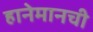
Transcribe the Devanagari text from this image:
हानेमानची